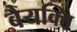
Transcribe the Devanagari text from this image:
बैयक्ति